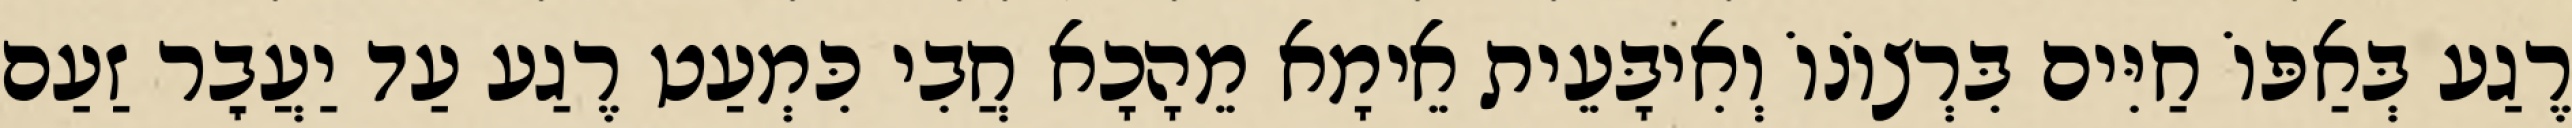
רֶגַע בְּאַפּוֹ חַיִּים בִּרְצוֹנוֹ וְאִיבָּעֵית אֵימָא מֵהָכָא חֲבִי כִּמְעַט רֶגַע עַד יַעֲבׇר זַעַם